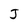
Character: j